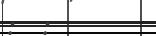
:  :